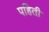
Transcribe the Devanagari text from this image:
पहिती